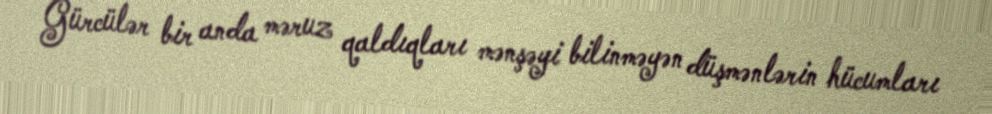
Gürcülər bir anda məruz qaldıqları mənşəyi bilinməyən düşmənlərin hücumları